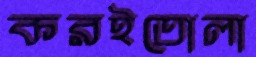
করইতোলা